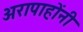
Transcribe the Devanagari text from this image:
अरापाहोंनी